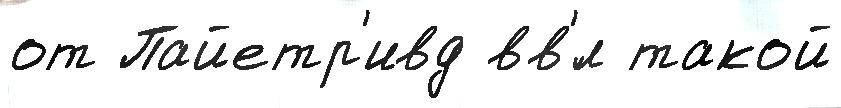
от Пайетр'ивд вв'́л такой